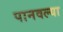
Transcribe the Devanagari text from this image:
पानवल्या